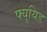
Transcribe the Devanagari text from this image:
फ्यूयिड